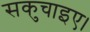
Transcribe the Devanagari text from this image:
सकुचाइए।